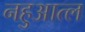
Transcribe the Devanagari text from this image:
नहुआत्ल